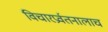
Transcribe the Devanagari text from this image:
विचारप्रर्वतनालाच